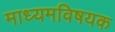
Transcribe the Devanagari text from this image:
माध्यमविषयक